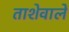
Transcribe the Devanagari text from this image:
ताशेवाले